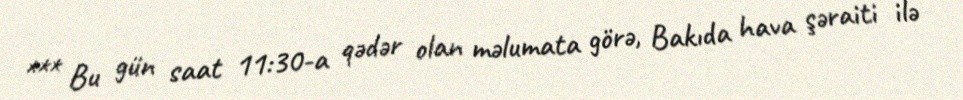
*** Bu gün saat 11:30-a qədər olan məlumata görə, Bakıda hava şəraiti ilə